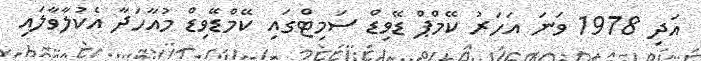
އަދި 1978 ވަނަ އަހަރު ކޭމްޕް ޑޭވިޑް ސަމިޓްގައި ކޭމްޑޭވިޑް މުއާހަދާ އެކުލާވާލައި